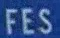
FES